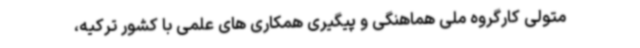
متولی کارگروه ملی هماهنگی و پیگیری همکاری های علمی با کشور ترکیه،